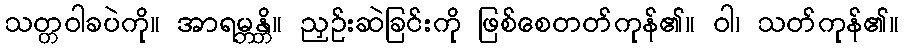
သတ္တဝါခပဲကို။ အာရမ္ဘန္တိ။ ညှဉ်းဆဲခြင်းကို ဖြစ်စေတတ်ကုန်၏။ ဝါ၊ သတ်ကုန်၏။